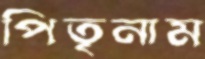
পিতৃনাম